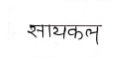
मजकूर: सायकल